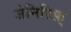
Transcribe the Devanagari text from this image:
जेनिटिफ़्